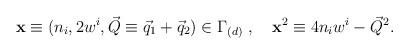
LaTeX: \begin{align*}{\bf x}\equiv (n_i,2w^i,\vec{Q}\equiv \vec{q}_1+\vec{q}_2) \in \Gamma_{(d)} ~,~~~ {\bf x}^2\equiv 4n_iw^i - \vec{Q}^2.\end{align*}